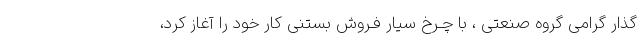
گذار گرامی گروه صنعتی ، با چـرخ سیار فـروش بستنی کار خود را آغاز کرد،